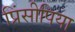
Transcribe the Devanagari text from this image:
प्रिंसीपिया